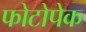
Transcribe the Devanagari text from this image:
फोटोपेक